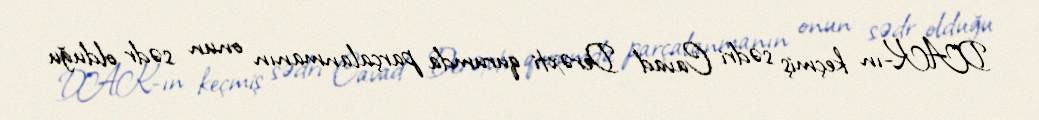
DAK-ın keçmiş sədri Cavad Derəxti qurumda parçalanmanın onun sədr olduğu